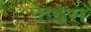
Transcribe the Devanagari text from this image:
फ़ेट्टेस